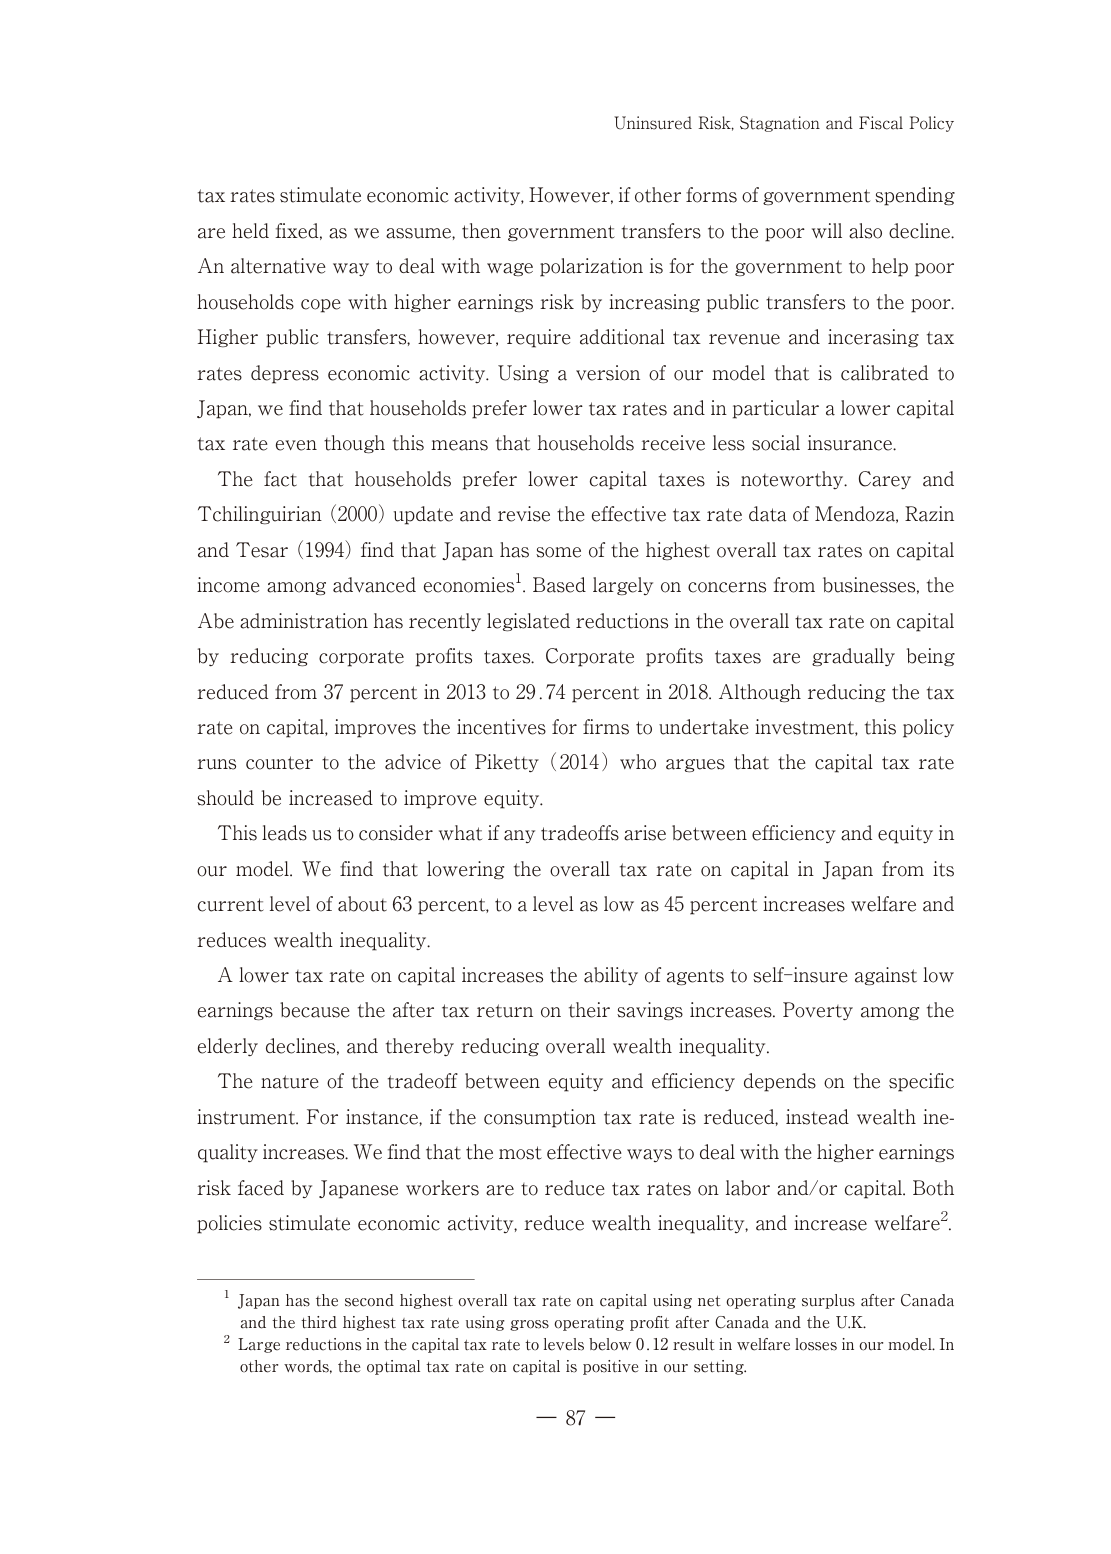
Uninsured Risk, Stagnation and Fiscal Policy

tax rates stimulate economic activity. However, if other forms of government spending are held fixed, as we assume, then government transfers to the poor will also decline. An alternative way to deal with wage polarization is for the government to help poor households cope with higher earnings risk by increasing public transfers to the poor. Higher public transfers, however, require additional tax revenue and increasing tax rates depress economic activity. Using a version of our model that is calibrated to Japan, we find that households prefer lower tax rates and in particular a lower capital tax rate even though this means that households receive less social insurance.

The fact that households prefer lower capital taxes is noteworthy. Carey and Tchilinguirian (2000) update and revise the effective tax rate data of Mendoza, Razin and Tesar (1994) find that Japan has some of the highest overall tax rates on capital income among advanced economies¹. Based largely on concerns from businesses, the Abe administration has recently legislated reductions in the overall tax rate on capital by reducing corporate profits taxes. Corporate profits taxes are gradually being reduced from 37 percent in 2013 to 29.74 percent in 2018. Although reducing the tax rate on capital, improves the incentives for firms to undertake investment, this policy runs counter to the advice of Piketty (2014) who argues that the capital tax rate should be increased to improve equity.

This leads us to consider what if any tradeoffs arise between efficiency and equity in our model. We find that lowering the overall tax rate on capital in Japan from its current level of about 63 percent, to a level as low as 45 percent increases welfare and reduces wealth inequality.

A lower tax rate on capital increases the ability of agents to self-insure against low earnings because the after tax return on their savings increases. Poverty among the elderly declines, and thereby reducing overall wealth inequality.

The nature of the tradeoff between equity and efficiency depends on the specific instrument. For instance, if the consumption tax rate is reduced, instead wealth inequality increases. We find that the most effective ways to deal with the higher earnings risk faced by Japanese workers are to reduce tax rates on labor and/or capital. Both policies stimulate economic activity, reduce wealth inequality, and increase welfare².

¹ Japan has the second highest overall tax rate on capital using net operating surplus after Canada and the third highest tax rate using gross operating profit after Canada and the U.K.

² Large reductions in the capital tax rate to levels below 0.12 result in welfare losses in our model. In other words, the optimal tax rate on capital is positive in our setting.

— 87 —